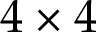
4 \times 4